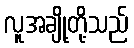
လူအချို့တို့သည်